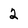
Character: 2